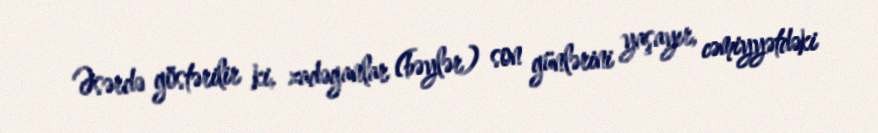
Əsərdə göstərilir ki, zadəganlar (bəylər) son günlərini yaşayır, cəmiyyətdəki